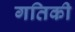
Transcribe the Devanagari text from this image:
गतिकी